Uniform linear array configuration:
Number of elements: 24
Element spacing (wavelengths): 0.75
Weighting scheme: exponential
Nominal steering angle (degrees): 15
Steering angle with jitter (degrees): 16.162
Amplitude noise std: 0.05
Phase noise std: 0.05

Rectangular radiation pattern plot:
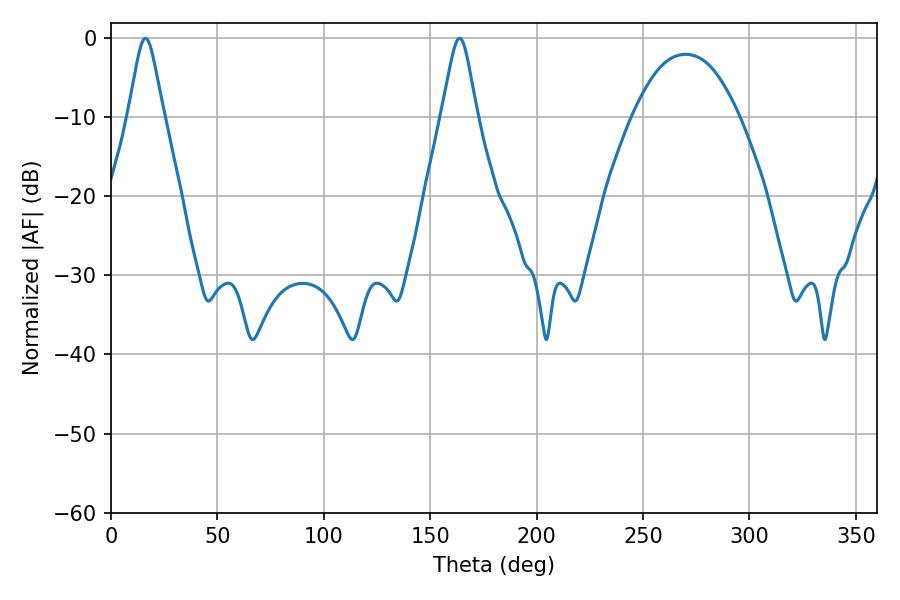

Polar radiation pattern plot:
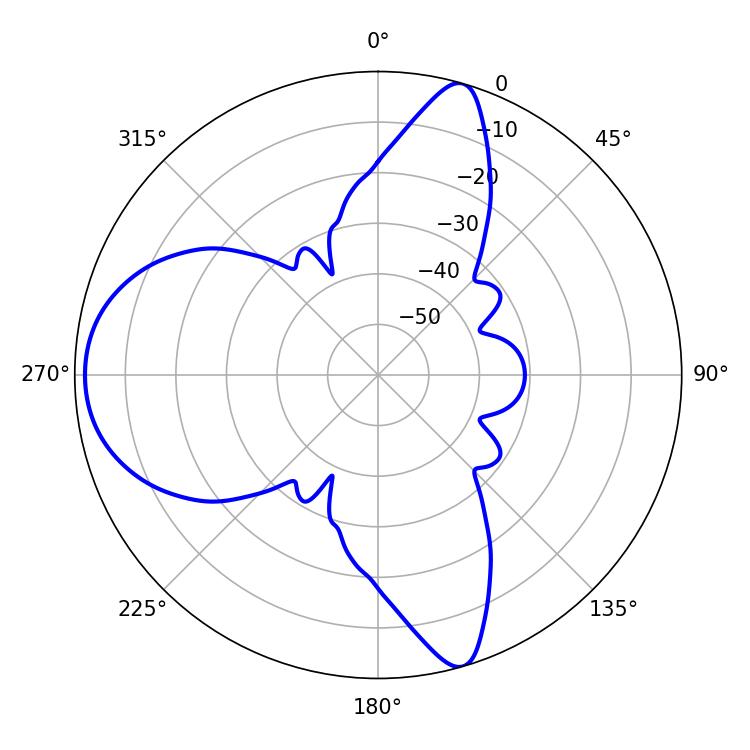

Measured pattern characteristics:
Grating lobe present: TRUE
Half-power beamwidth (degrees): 7.92
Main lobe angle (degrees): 16.2